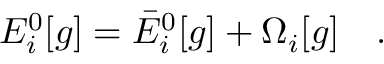
E _ { i } ^ { 0 } [ g ] = \bar { E } _ { i } ^ { 0 } [ g ] + \Omega _ { i } [ g ] ~ ~ ~ .